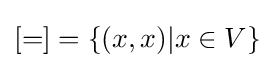
[=]=\{(x,x)|x\in V\}